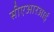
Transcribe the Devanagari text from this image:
सीएआरआई